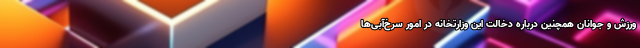
ورزش و جوانان همچنین درباره دخالت این وزارتخانه در امور سرخ‌آبی‌ها